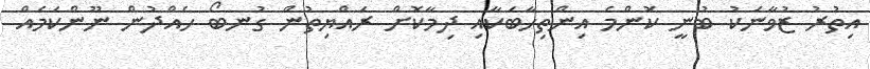
އިތުރު ޒުވާނަކު ބުނީ ކޮންމެ އިންތިހާބަކާއި ދިމާކޮށް ރައްޔިތުން ގުނބޯ ހެއްދުން ނޫންކަމެއް